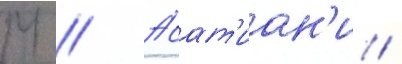
М // Асат'иан'и /